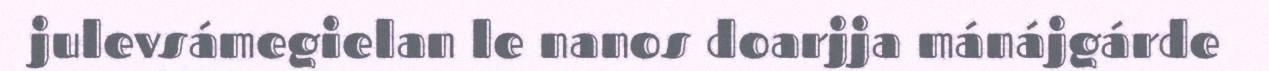
julevsámegielan le nanos doarjja mánájgárde